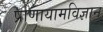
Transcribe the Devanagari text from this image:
प्राणायामविज्ञान